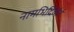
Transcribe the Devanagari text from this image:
नामभिर्दिव्यैर्न